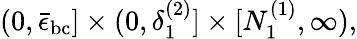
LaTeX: (0,\bar{\epsilon}_{\mathrm{bc}}]\times(0,\delta_{1}^{(2)}]\times[N_{1}^{(1)},\infty),